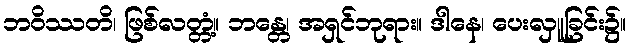
ဘဝိဿတိ၊ ဖြစ်လတ္တံ့။ ဘန္တေ၊ အရှင်ဘုရား။ ဒါနေ၊ ပေးလှူခြင်း၌။